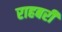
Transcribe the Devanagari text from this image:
राहबरी